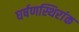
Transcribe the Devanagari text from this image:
घर्षणस्थिरांक